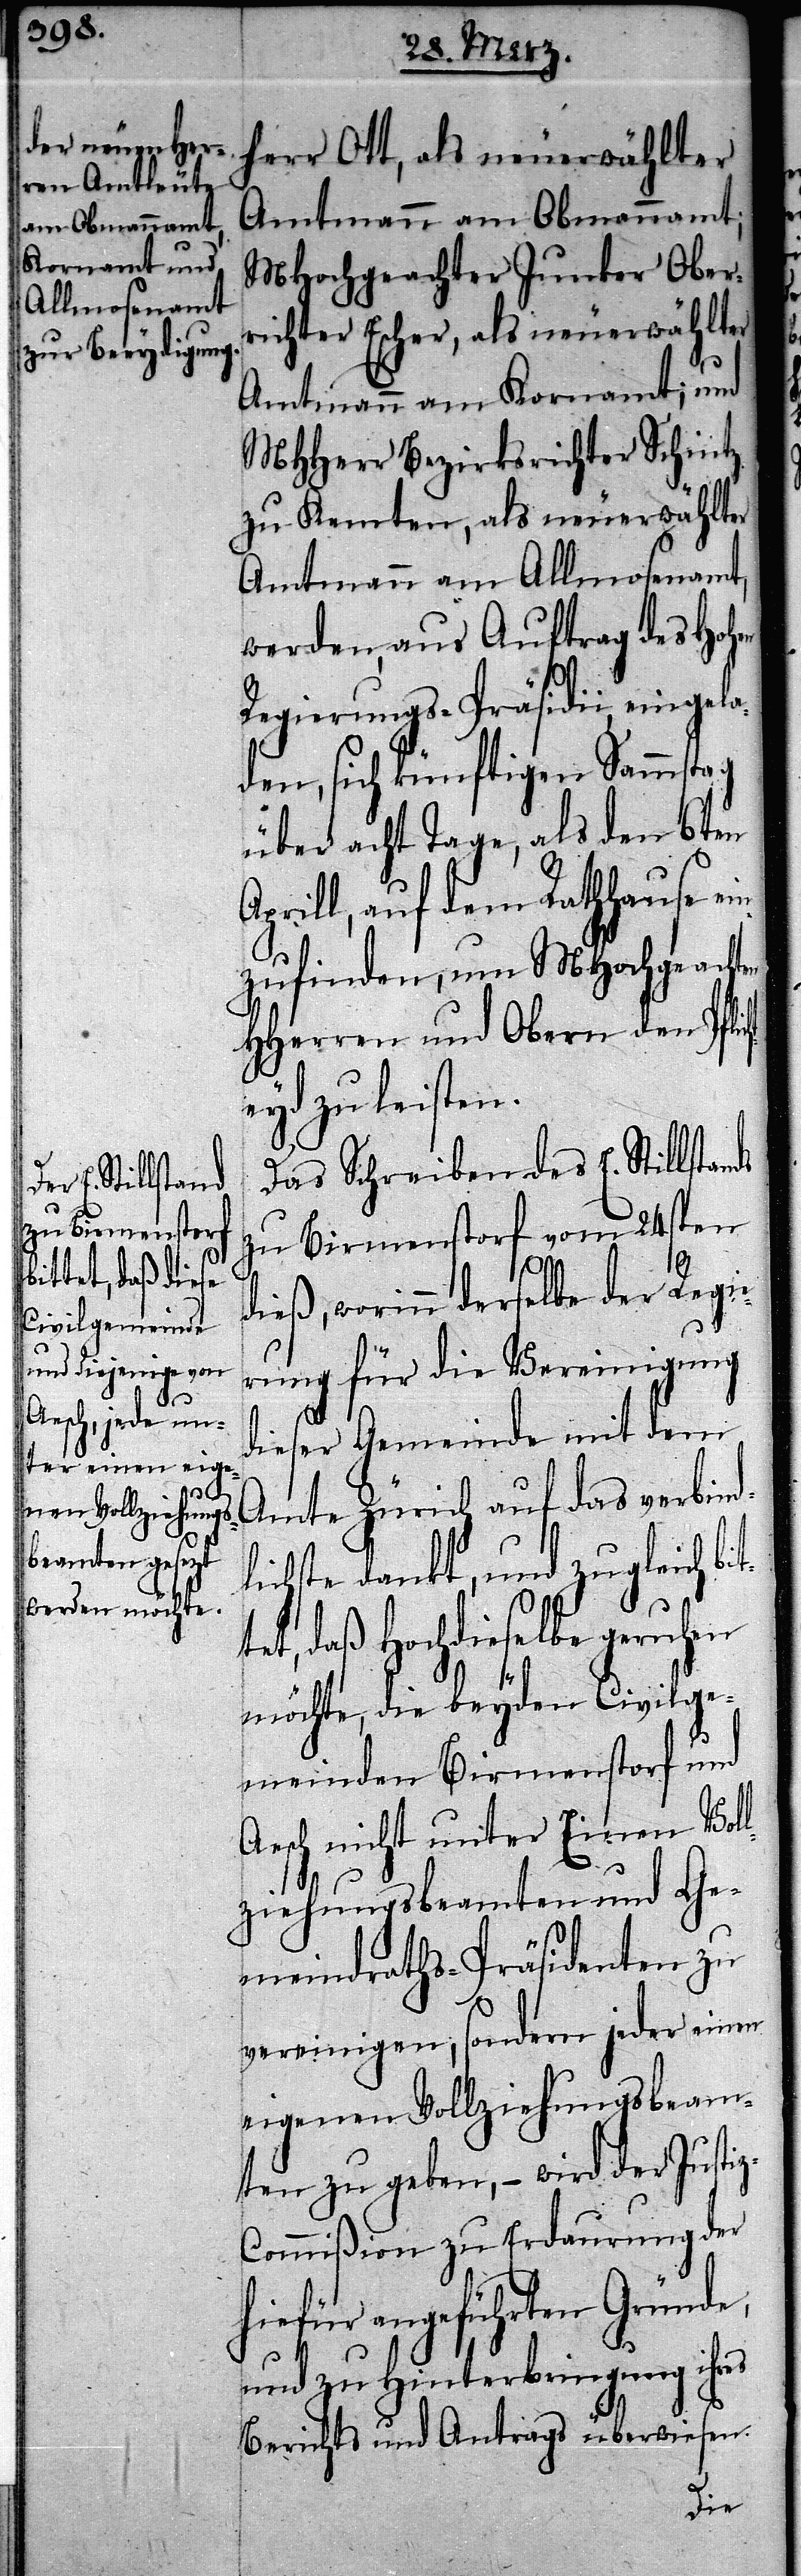
t¬

herr Ott, als neuerwählter
Amtmann am Obmannamt;
MHochgeachter Junker Ober¬
richter Escher, als neuerwählter
Amtmann am Allmosenamt,
werden, aus Auftrag des Hohen
Regierungs-Präsidii, eingela¬
den, sich künftigen Sammstag
über acht Tage, als den 6ten
prill, auf dem Rathhause ei¬
nzufinden, um MHochgeachten
HHerren und Obern den Pfli¬
eyd zu leisten.
Das Schreiben des E. Stillstands
zu Birmenstorf vom 24sten
dieß, worinn derselbe der Regie¬
rung für die Vereinigung
dieser Gemeinde mit dem
Amte Zürich auf das verbind¬
lichste dankt, und zugleich bi¬
tet, daß Hochdieselbe geruhen
möchte, die beyden Civilge¬
meinden Birmenstorf und
Aesch nicht unter Einen Vol¬
lziehungsbeamten und Ge¬
meindraths-Präsidenten zu
vereinigen, sondern jeder einen
eigenen Vollziehungsbeam¬
ten zu geben, – wird der Justi¬
z-Commißion zu Erdaurung der
hiefür angeführten Gründe,
und zu Hinterbringung ihres
Berichts und Antrags überwiesen.